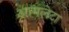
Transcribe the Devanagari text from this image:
आमलेटा